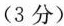
(3分)